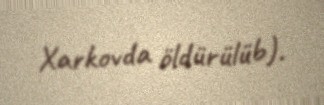
Xarkovda öldürülüb).